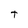
Character: t